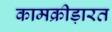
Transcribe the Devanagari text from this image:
कामक्रीड़ारत